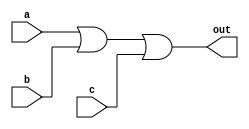
module top_module(
    input a,
    input b,
    input c,
    output out  ); 
	assign out = a | b | c;
endmodule